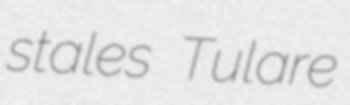
stales Tulare